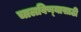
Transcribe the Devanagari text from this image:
चालविण्‍यासाठी